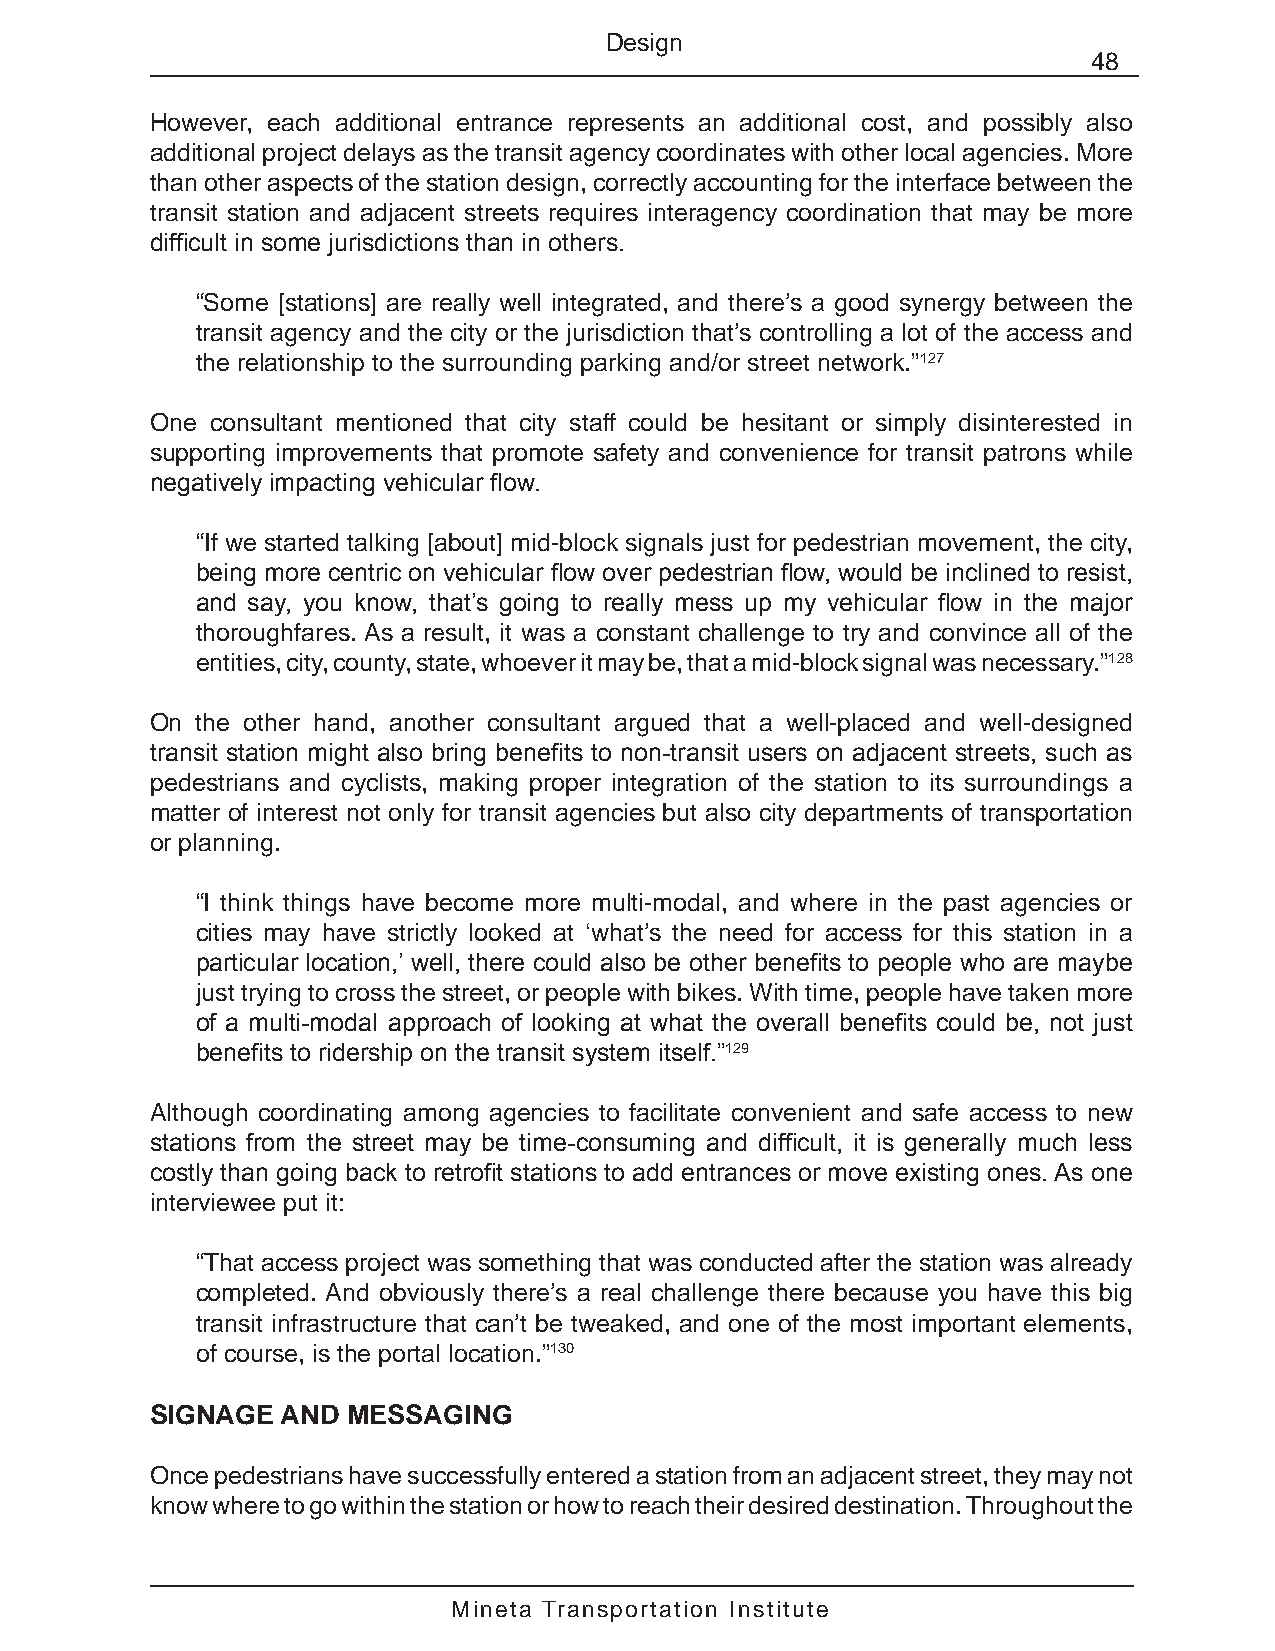
Design
 48
 However, each additional entrance represents an additional cost, and possibly also
 additional project delays as the transit agency coordinates with other local agencies. More
 than other aspects of the station design, correctly accounting for the interface between the
 transit station and adjacent streets requires interagency coordination that may be more
 difficult in some jurisdictions than in others.
 “Some [stations] are really well integrated, and there’s a good synergy between the
 transit agency and the city or the jurisdiction that’s controlling a lot of the access and
 the relationship to the surrounding parking and/or street network.”127
 One consultant mentioned that city staff could be hesitant or simply disinterested in
 supporting improvements that promote safety and convenience for transit patrons while
 negatively impacting vehicular flow.
 “If we started talking [about] mid-block signals just for pedestrian movement, the city,
 being more centric on vehicular flow over pedestrian flow, would be inclined to resist,
 and say, you know, that’s going to really mess up my vehicular flow in the major
 thoroughfares. As a result, it was a constant challenge to try and convince all of the
 entities, city, county, state, whoever it may be, that a mid-block signal was necessary.”128
 On the other hand, another consultant argued that a well-placed and well-designed
 transit station might also bring benefits to non-transit users on adjacent streets, such as
 pedestrians and cyclists, making proper integration of the station to its surroundings a
 matter of interest not only for transit agencies but also city departments of transportation
 or planning.
 “I think things have become more multi-modal, and where in the past agencies or
 cities may have strictly looked at ‘what’s the need for access for this station in a
 particular location,’ well, there could also be other benefits to people who are maybe
 just trying to cross the street, or people with bikes. With time, people have taken more
 of a multi-modal approach of looking at what the overall benefits could be, not just
 benefits to ridership on the transit system itself.”129
 Although coordinating among agencies to facilitate convenient and safe access to new
 stations from the street may be time-consuming and difficult, it is generally much less
 costly than going back to retrofit stations to add entrances or move existing ones. As one
 interviewee put it:
 “That access project was something that was conducted after the station was already
 completed. And obviously there’s a real challenge there because you have this big
 transit infrastructure that can’t be tweaked, and one of the most important elements,
 of course, is the portal location.”130
 SIGNAGE  AND MESSAGING
 Once pedestrians have successfully entered a station from an adjacent street, they may not
 know where to go within the station or how to reach their desired destination. Throughout the
 Mineta Transportation Institute